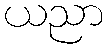
ယညာ